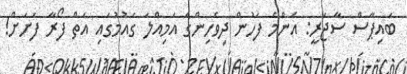
ބައިޕާސް ސާޖަރީ: އެންމެ ފަހުން ދިވެހިންގެ އަމިއްލަ ގައުމުގައި އަތް ފޯރާ ފަށަށް!